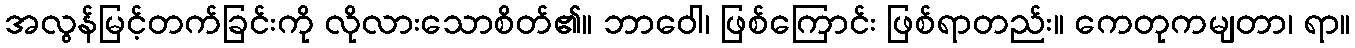
အလွန်မြင့်တက်ခြင်းကို လိုလားသောစိတ်၏။ ဘာဝေါ၊ ဖြစ်ကြောင်း ဖြစ်ရာတည်း။ ကေတုကမျတာ၊ ရာ။